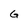
Character: G